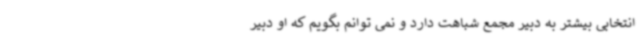
انتخابی بیشتر به دبیر مجمع شباهت دارد و نمی توانم بگویم که او دبیر